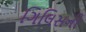
ગિલિસની